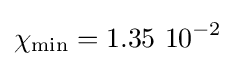
\chi _{\rm {min}}=1.35~10^{-2}